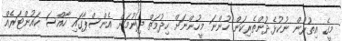
މީގެ އިތުރުން ނުކުޅެދުންތެރިކަން ހުންނަ މީހުންނަށް ހިދުމަތް ދިނުމަށް އެންސްޕާގައި ހާއްސަ ކައުންޓަރެއް